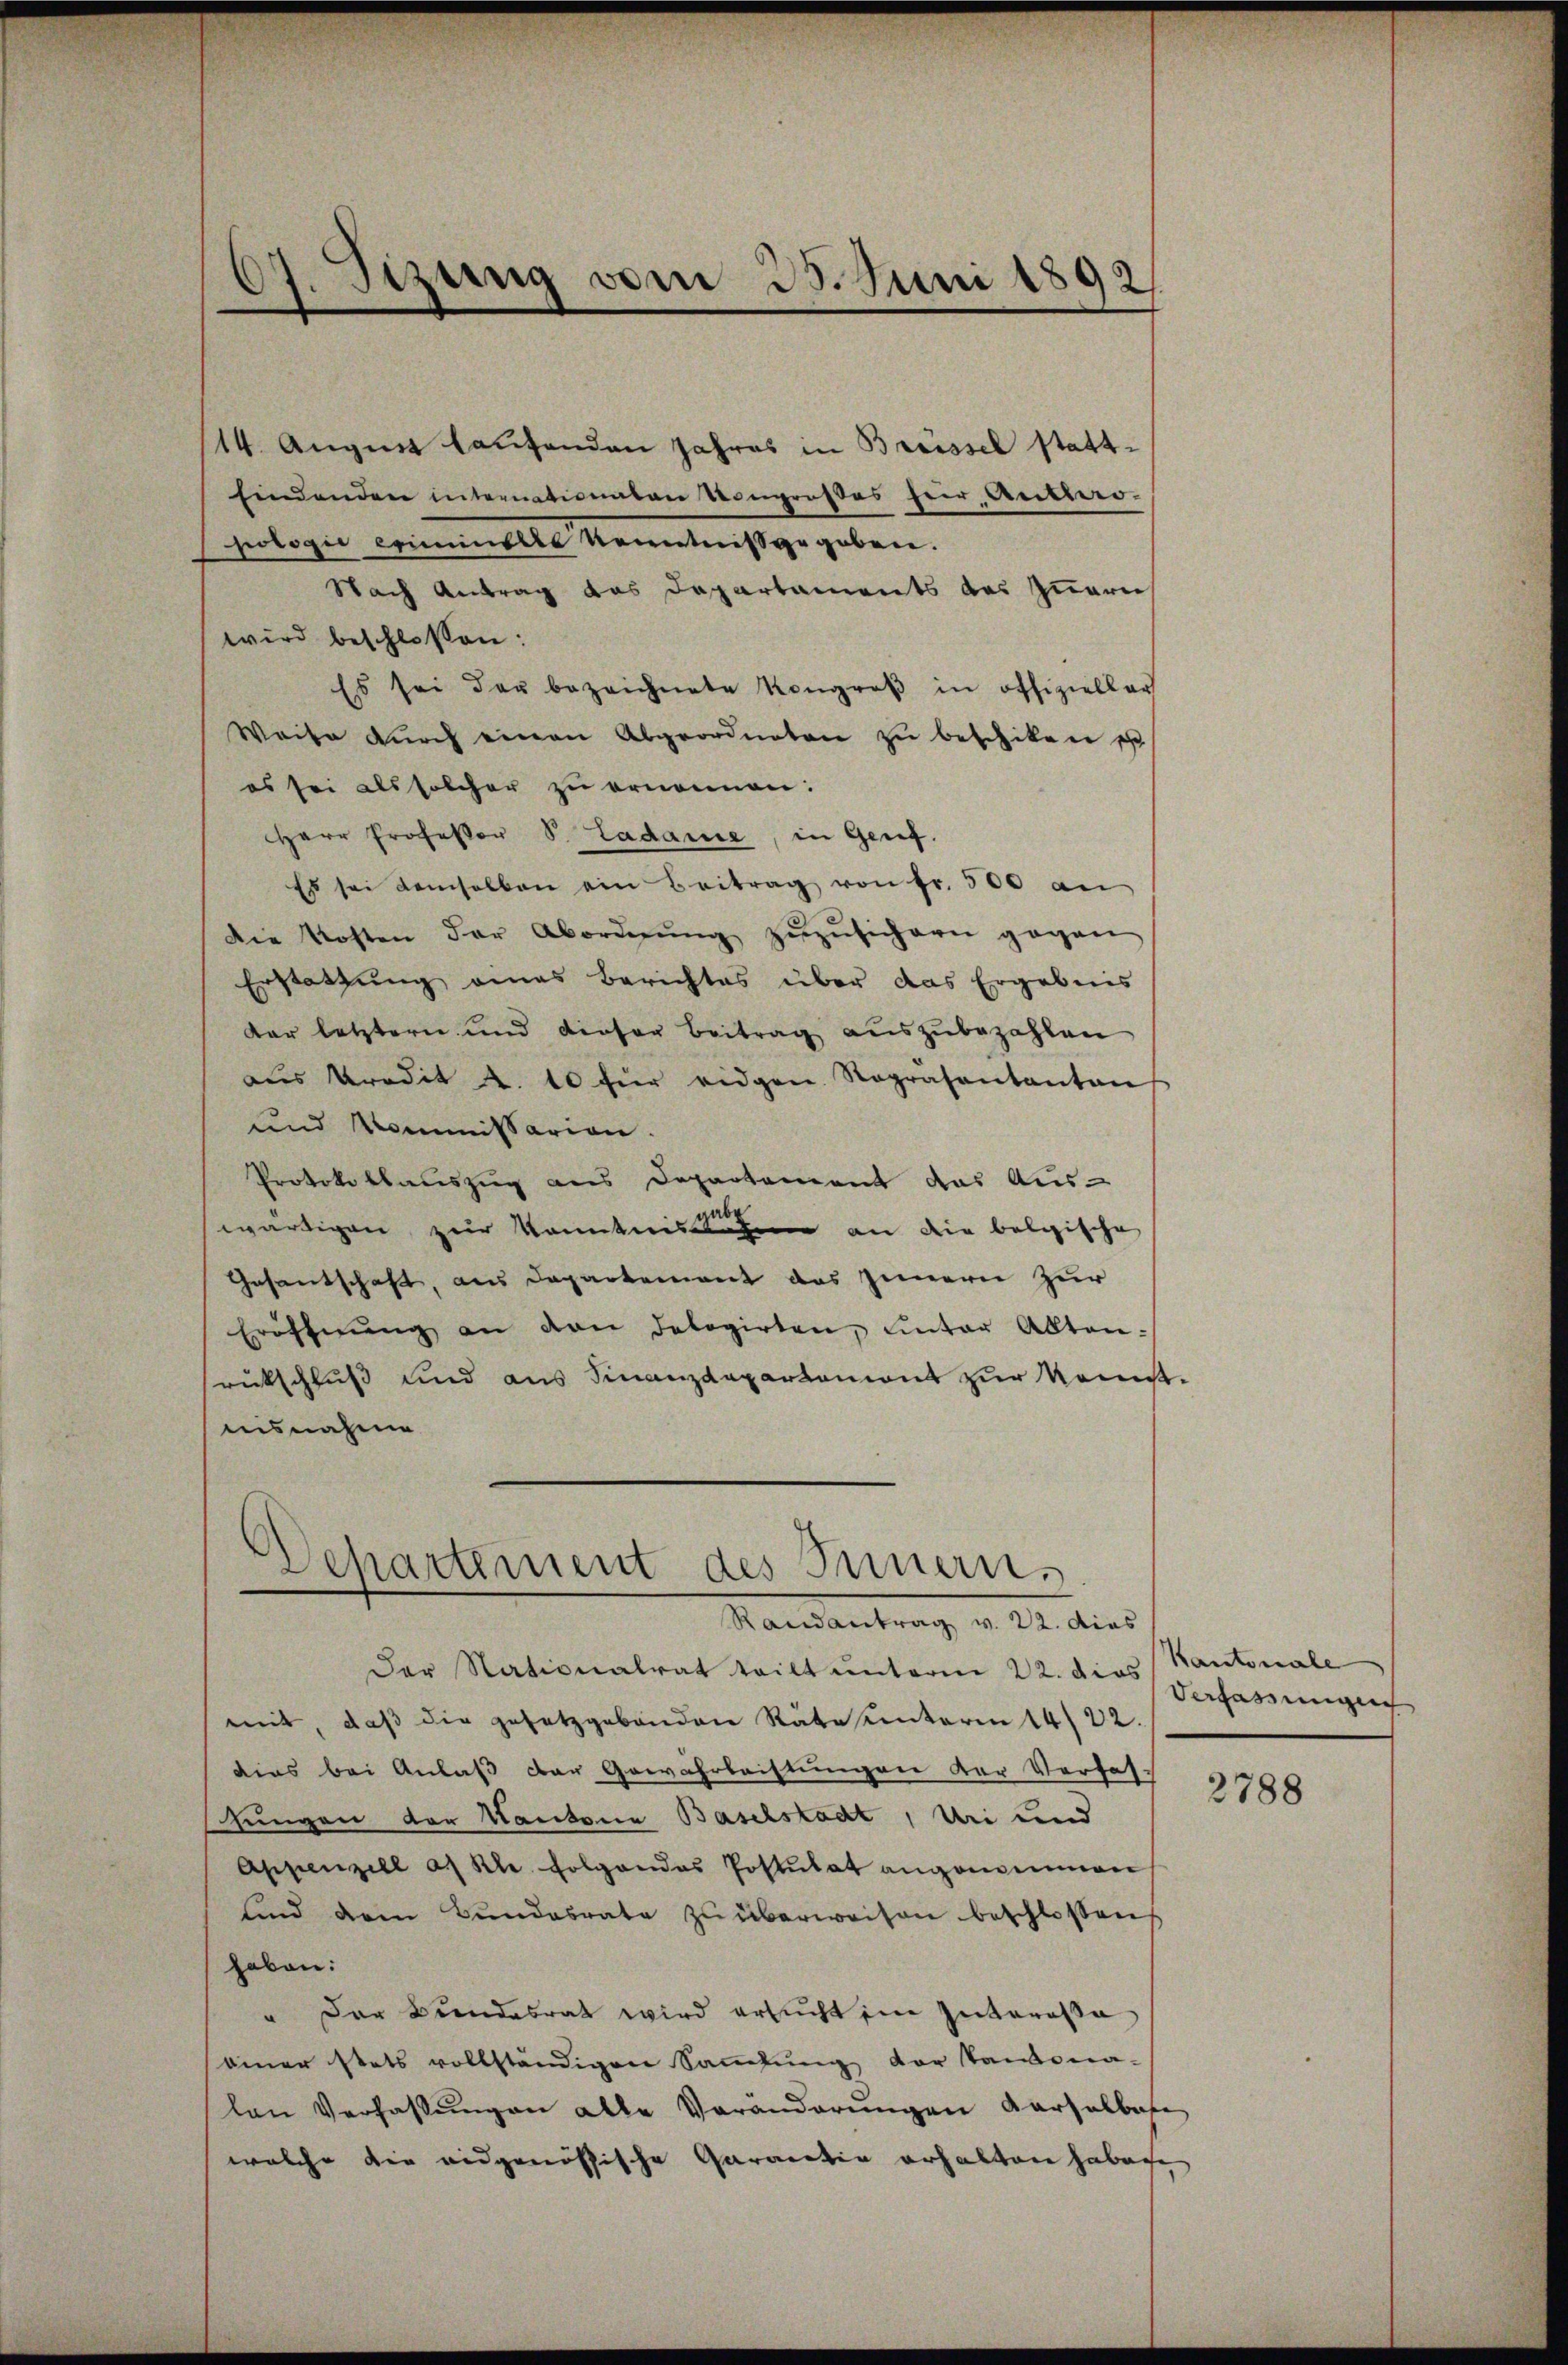
07. Sizung vom 25. Juni 1892

14. August laufenden Jahres in Brüssel stattfindenden internativenten Kongroßes her Anthro-
piogi eximinelle Kenntniß gegeben.
Nach Antrag das Departaments des Quarei
wird beschlossen:
Es sei der bezeichnete Kongroß in offizieller
Weise dŭrch einen Abgeordneten zu beschiken e
es sei als solcher zu ernennen:
Herr Professor S. Ladame, in Genf.
Es sei demselben ein Beitrag von fr. 500 an
Die Kosten der Abordnŭng zŭzŭsichern gegen
Erstattung eines Berichtes über das Ergebnis
dar letztern und dieser Beitrag auszubezahlen
aŭs Predit 2. 10 für eidgen. Rograsantanten
und Kommissarion.
Protokollauszug aus Departement das Aus-
wärtigen zur kanntnisnahme an die belgische
Gesantschaft, aus Departement das Innern zur
Eröffnŭng an den delegirten, unter Alten-
srückschluß und aus Finanzdepartemont zur Konstnisnahme

Departement des Innern.

Randantrag v. 22. dies
Der Nationalrat teilt unterm 22. die Verfassungen
mit, daß die gesetzgebenden Rate unterm 14/22.
dies bei Anlaß der Gewahrleistungen der Verfas-
hungen der Kantone Baselstadt, Uri und
Appenzell als Kle folgendes Postulat angenommen
sind dem Bundesrate zu überweisen beschlossen
haben:
" Der Beendesrat wird ersucht im Interessa
einer stets vollständigen Saṁlŭng der Tandona-
lan Verfassŭngen alle Veränderŭngen Karselben
welche die eidgenössische Garantin erhalten haben

Kantonale

2788